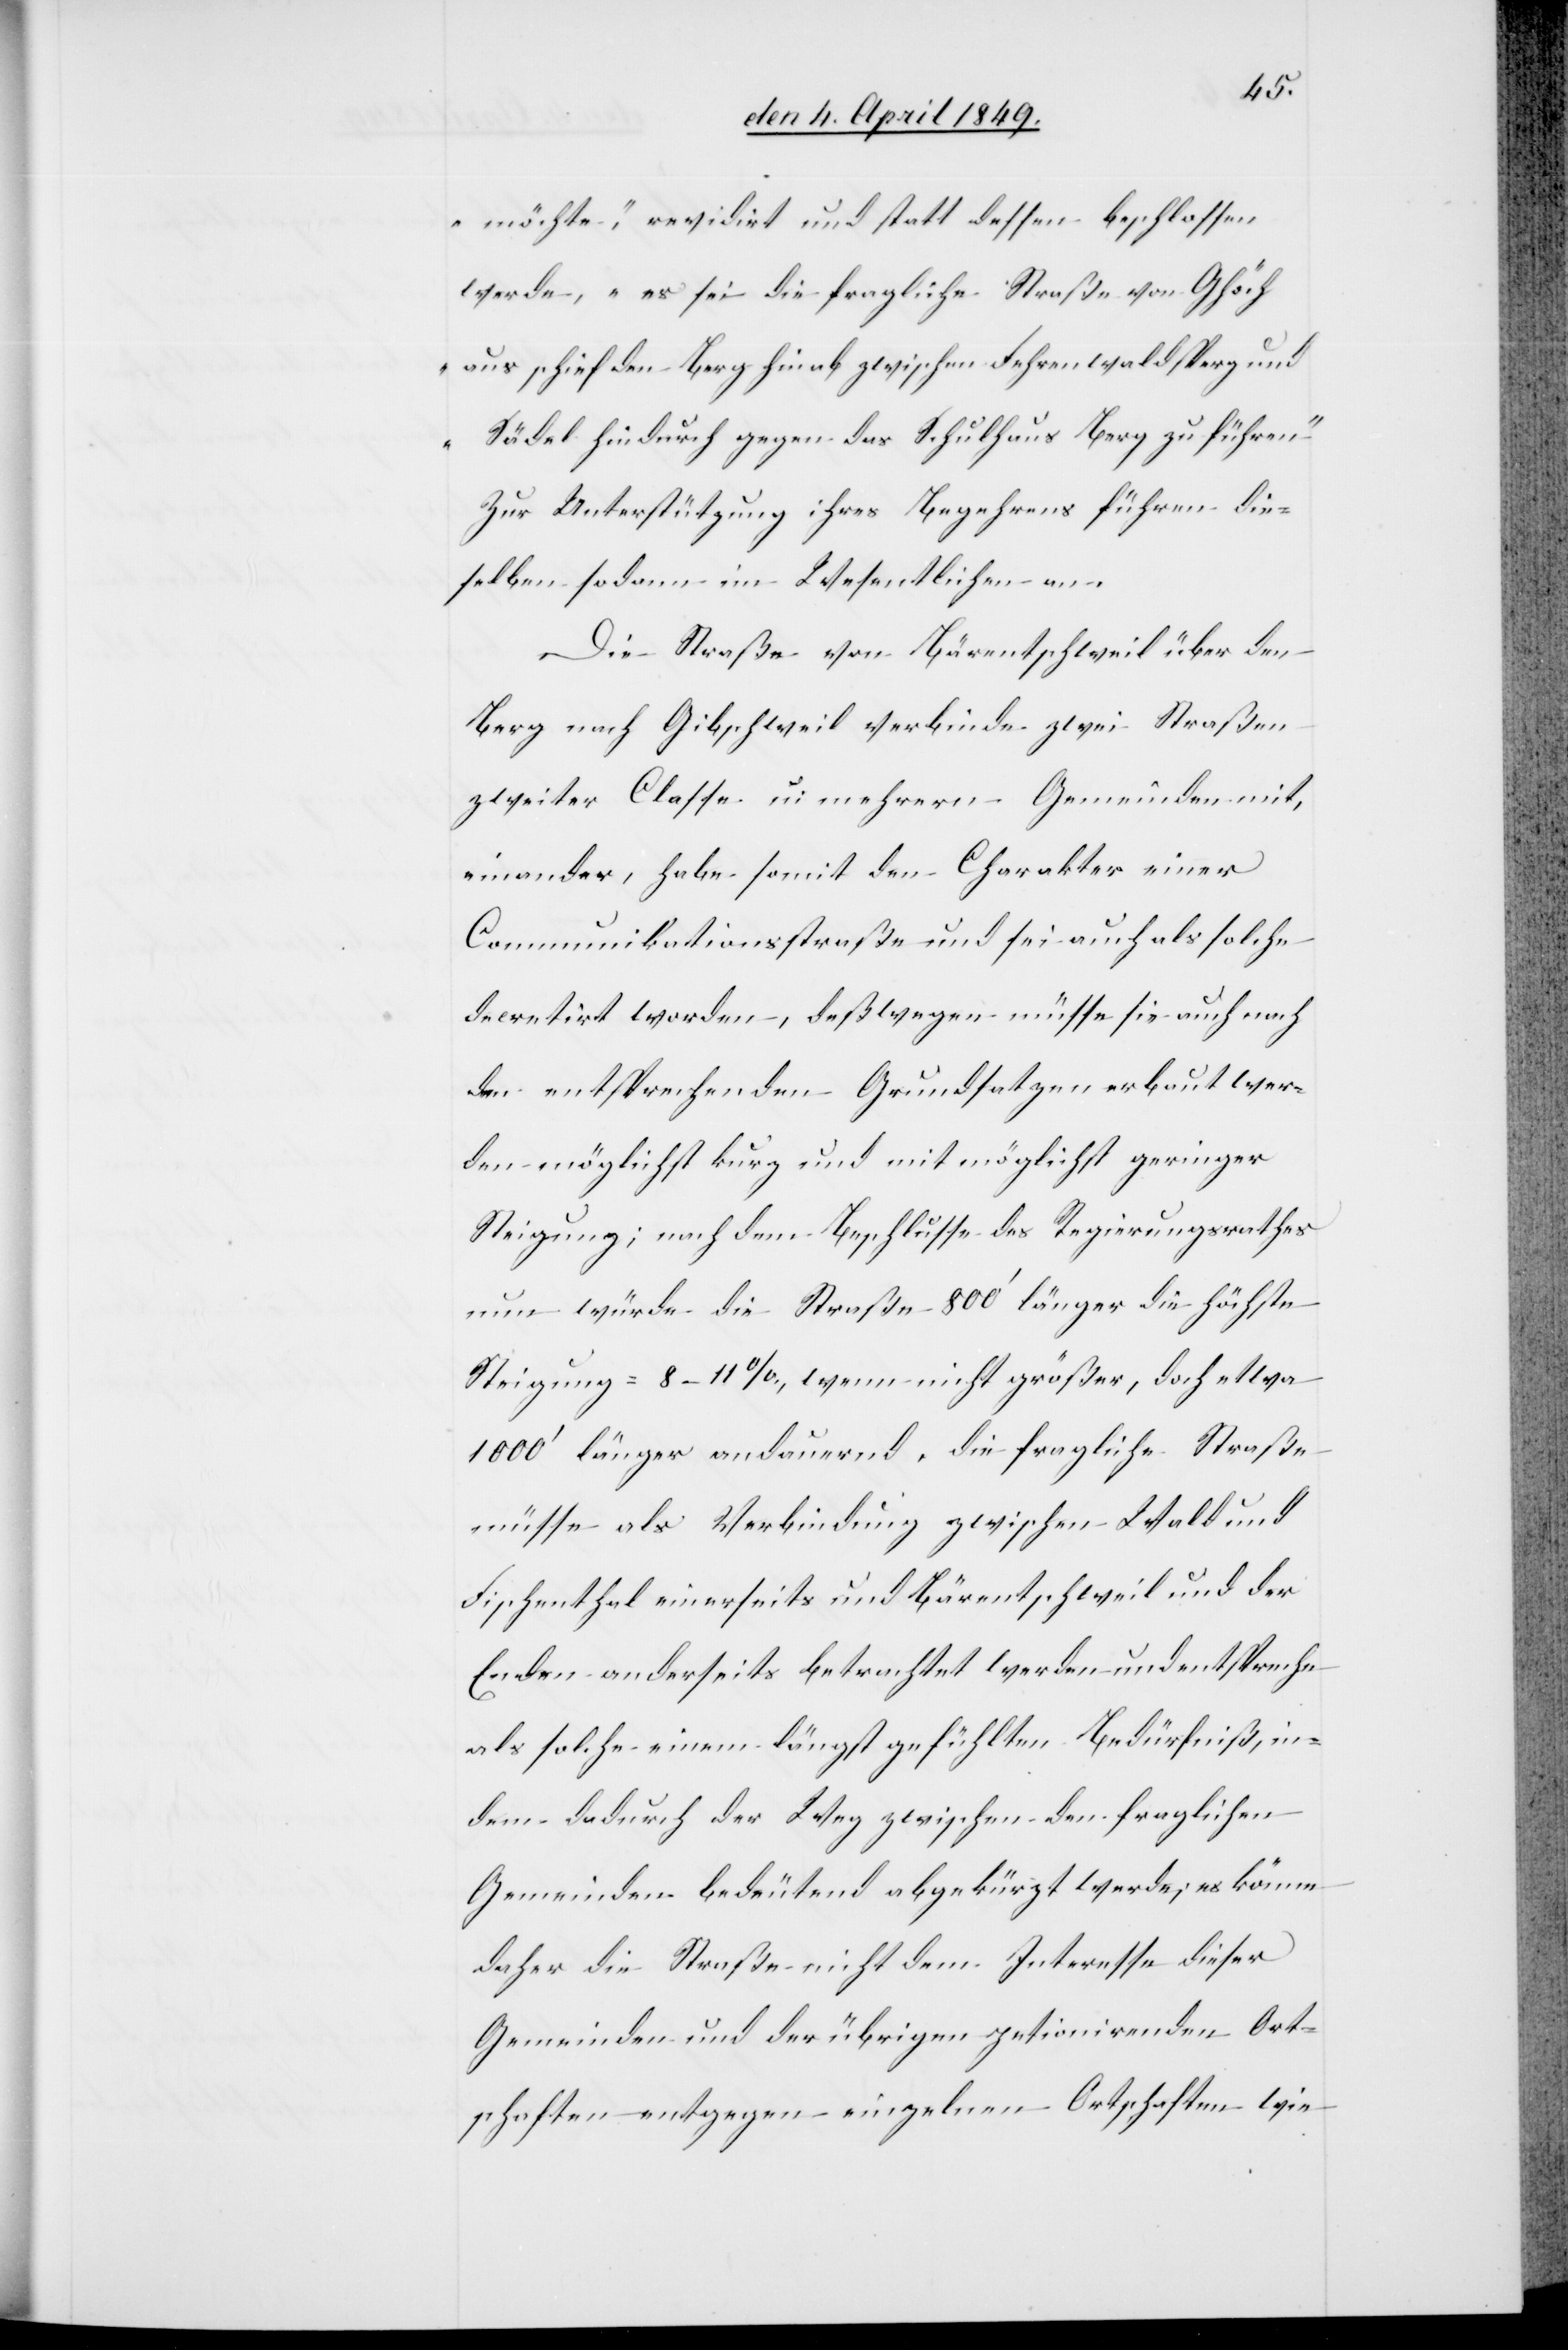
möchte“, revidirt und statt dessen beschlossen
werde, „es sei die fragliche Straße von Ghöch
aus schief den Berg hinab zwischen Fehrenwaldsperg und
Sädel hindurch gegen das Schulhaus Berg zu führen“
Zur Unterstützung ihres Begehrens führen die¬
selben sodann im Wesentlichen an.
Die Straße von Bärentschweil über den
Berg nach Gibschweil verbinde zwei Straßen
zweiter Classe u. mehrere Gemeinden mit¬
einander, habe somit den Charakter einer
Communikationsstraße und sei auch als solche
decretirt worden, deßwegen müsse sie auch nach
den entsprechenden Grundsatzen erbaut wer¬
den möglichst kurz und mit möglichst geringer
Steigung; nach dem Beschlusse des Regierungsrathes
nun würde die Straße 800‘ länger die höchste
Steigung – 8-11%, wenn nicht größer, doch etwa
1000‘ länger andauernd, die fragliche Straße
müsse als Verbindung zwischen Wald und
Fischenthal einerseits und Bärentschweil und der
Enden anderseits betrachtet werden und entspreche
als solche einem längst gefühlten Bedürfniß, in¬
dem dadurch der Weg zwischen den fraglichen
Gemeinden bedeutend abgekürzt werde, es könne
daher die Straße nicht dem Interesse dieser
Gemeinden und der übrigen petionirenden Ort¬
schaften entgegen einzelnen Ortschaften wie